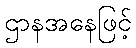
ဌာနအနေဖြင့်